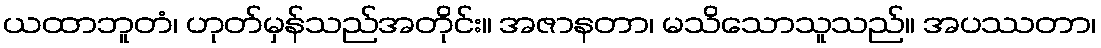
ယထာဘူတံ၊ ဟုတ်မှန်သည်အတိုင်း။ အဇာနတာ၊ မသိသောသူသည်။ အပဿတာ၊